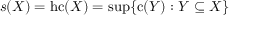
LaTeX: s ( X ) = \mathrm { { h c } } ( X ) = \operatorname* { s u p } \{ \mathrm { { c } } ( Y ) : Y \subseteq X \}